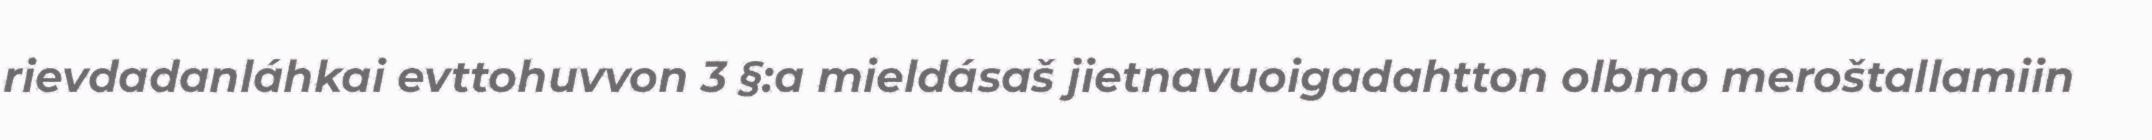
rievdadanláhkai evttohuvvon 3 §:a mieldásaš jietnavuoigadahtton olbmo meroštallamiin